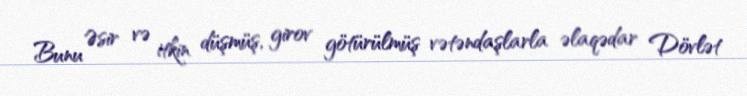
Bunu Əsir və itkin düşmüş, girov götürülmüş vətəndaşlarla əlaqədar Dövlət